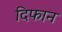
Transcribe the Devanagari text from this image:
दिफान